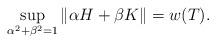
LaTeX: \begin{align*}\sup_{\alpha ^{2}+\beta ^{2}=1}\Vert \alpha H+\beta K\Vert =w(T).\end{align*}